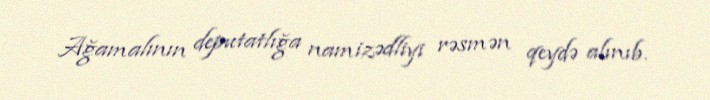
Ağamalının deputatlığa namizədliyi rəsmən qeydə alınıb.